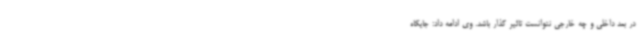
در بعد داخلی و چه خارجی نتوانست تاثیر گذار باشد. وی ادامه داد: جایگاه